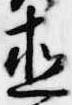
直